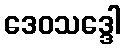
ဒေဝသဒ္ဒေါ